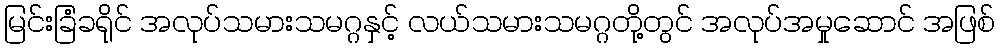
မြင်းခြံခရိုင် အလုပ်သမားသမဂ္ဂနှင့် လယ်သမားသမဂ္ဂတို့တွင် အလုပ်အမှုဆောင် အဖြစ်